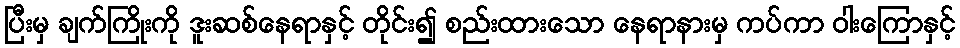
ပြီးမှ ချက်ကြိုးကို ဒူးဆစ်နေရာနှင့် တိုင်း၍ စည်းထားသော နေရာနားမှ ကပ်ကာ ဝါးကြောနှင့်